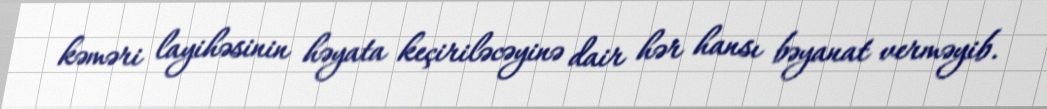
kəməri layihəsinin həyata keçiriləcəyinə dair hər hansı bəyanat verməyib.